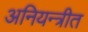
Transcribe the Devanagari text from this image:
अनियन्त्रीत